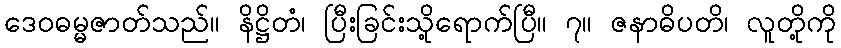
ဒေဝဓမ္မဇာတ်သည်။ နိဋ္ဌိတံ၊ ပြီးခြင်းသို့ရောက်ပြီ။ ၇။ ဇနာဓိပတိ၊ လူတို့ကို